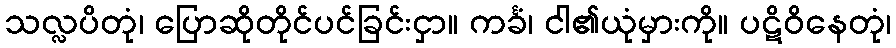
သလ္လပိတုံ၊ ပြောဆိုတိုင်ပင်ခြင်းငှာ။ ကင်္ခံ၊ ငါ၏ယုံမှားကို။ ပဋိဝိနေတုံ၊